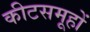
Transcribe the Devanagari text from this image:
कीटसमूहों